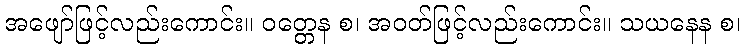
အဖျော်ဖြင့်လည်းကောင်း။ ဝတ္တေန စ၊ အဝတ်ဖြင့်လည်းကောင်း။ သယနေန စ၊